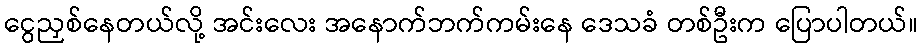
ငွေညှစ်နေတယ်လို့ အင်းလေး အနောက်ဘက်ကမ်းနေ ဒေသခံ တစ်ဦးက ပြောပါတယ်။